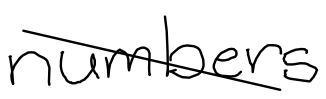
Text: numbers
Cross-out: diagonal
Writing tool: digital_black